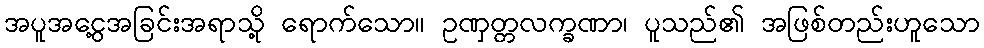
အပူအငွေ့အခြင်းအရာသို့ ရောက်သော။ ဥဏှတ္တလက္ခဏာ၊ ပူသည်၏ အဖြစ်တည်းဟူသော